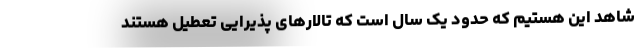
شاهد این هستیم که حدود یک سال است که تالارهای پذیرایی تعطیل هستند